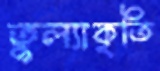
তুল্যাকৃতি